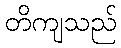
တိကျသည်